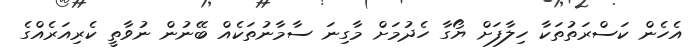
އެހެން ކަސްރަތުތަކާ ހިލާފަށް ޔޯގާ ހެދުމަށް މާގިނަ ސާމާނުތަކެއް ބޭނުން ނުވާތީ ކެރިއަރެއްގެ